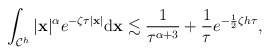
\begin{align*} \begin{aligned} \int_{\mathcal C^h}\vert\mathbf x\vert^{\alpha}e^{-\zeta \tau \vert \mathbf x\vert}\mathrm{d}\mathbf x \lesssim \frac{1}{\tau^{\alpha+3}}+\frac{1}{\tau}e^{-\frac{1}{2}\zeta h\tau }, \end{aligned} \end{align*}